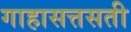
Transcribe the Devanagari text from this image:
गाहासत्तसती